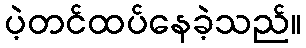
ပဲ့တင်ထပ်နေခဲ့သည်။